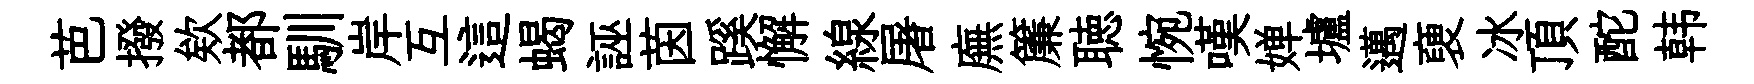
芭撥欸都馴岸互這蝎誣茵蹊懈線屠廡簾聴惋嘆婵壚邁褏冰頂酡韩